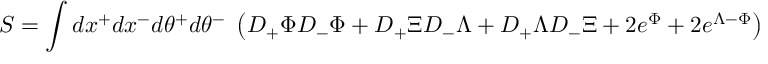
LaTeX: S = \int d x ^ { + } d x ^ { - } d \theta ^ { + } d \theta ^ { - } \; \left( D _ { + } \Phi D _ { - } \Phi + D _ { + } \Xi D _ { - } \Lambda + D _ { + } \Lambda D _ { - } \Xi + 2 e ^ { \Phi } + 2 e ^ { \Lambda - \Phi } \right)